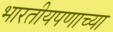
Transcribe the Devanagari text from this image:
भारतीयपणाच्या